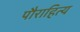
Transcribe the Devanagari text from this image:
पौराहित्य